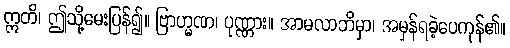
ဣတိ၊ ဤသို့မေးပြန်၍။ ဗြာဟ္မဏ၊ ပုဏ္ဏား။ အာမလာဘိမှာ၊ အမှန်ရခဲ့ပေကုန်၏။